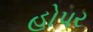
હોપર